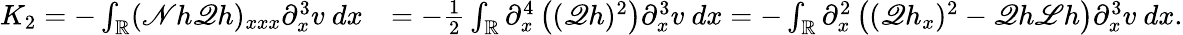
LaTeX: \begin{array}{rl}{K_{2}=-\int_{\mathbb R}(\mathscr{N}h\mathscr{Q}h)_{xxx}\partial_{x}^{3}v\ dx}&{=-\frac{1}{2}\int_{\mathbb R}\partial_{x}^{4}\left((\mathscr{Q}h)^{2}\right)\partial_{x}^{3}v\ dx=-\int_{\mathbb R}\partial_{x}^{2}\left((\mathscr{Q}h_{x})^{2}-\mathscr{Q}h\mathscr{L}h\right)\partial_{x}^{3}v\ dx.}\end{array}